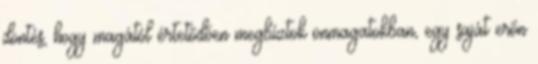
döntés, hogy magától értetődően megbíztok önmagatokban, egy saját erőn